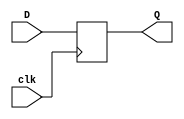
`timescale 1ns / 1ps
///////////////////////////////////////////////////////////////////////////////
// Institution:    Universidade Federal de Sergipe
// 
// Design Name:    Saulo G. Felix
// Module Name:    d_ff
// Project Name:   elevator_controller
// Target Devices: Spartan3E
// Tool versions:  ISE 14.7
// Description:    D-Flip Flop
///////////////////////////////////////////////////////////////////////////////
module d_ff(
    output reg Q,
    input      D,
    input      clk
    );
    
    always @(posedge clk)
    begin
        Q <= D;
    end    

endmodule